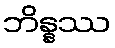
ဘိန္နဿ